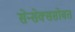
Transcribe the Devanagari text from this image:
सेन्सेक्ससोबत